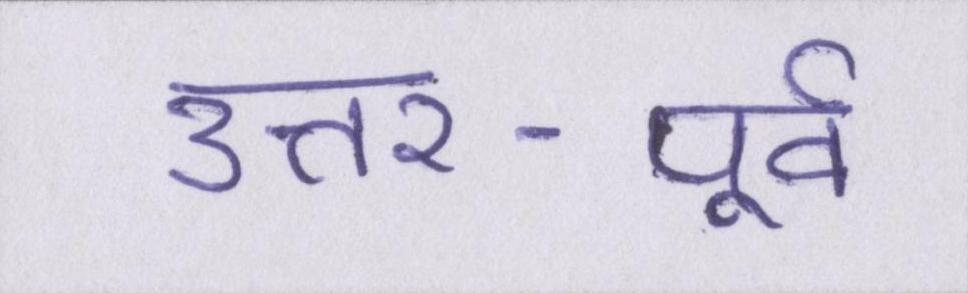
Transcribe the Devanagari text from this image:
उत्तर-पूर्व